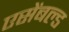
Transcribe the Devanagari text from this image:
एसेंबल्ड